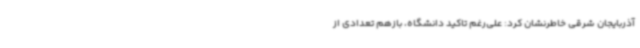
آذربایجان شرقی خاطرنشان کرد: علی‌رغم تاکید دانشگاه، بازهم تعدادی از